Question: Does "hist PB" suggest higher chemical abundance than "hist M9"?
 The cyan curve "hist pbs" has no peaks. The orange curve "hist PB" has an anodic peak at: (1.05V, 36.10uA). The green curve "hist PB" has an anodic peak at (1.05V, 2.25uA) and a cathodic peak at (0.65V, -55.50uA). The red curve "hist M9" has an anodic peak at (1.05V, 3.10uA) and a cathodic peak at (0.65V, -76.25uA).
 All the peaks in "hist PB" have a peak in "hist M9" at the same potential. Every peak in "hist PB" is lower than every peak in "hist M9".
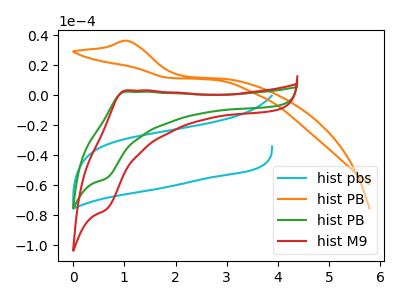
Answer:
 <answer>"hist PB" has less signal than "hist M9".</answer>
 <eval>less_signal</eval>